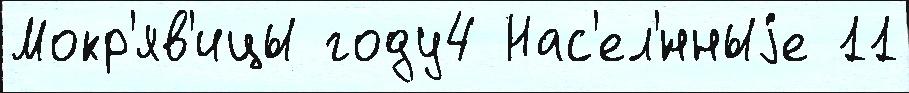
Мокр'яв'ицы году4 Нас'ел'́нныjе 11